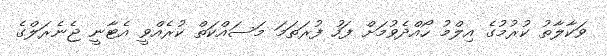
ވަކާލާތު ކުރުމުގެ އިލްމު ހޯއްދެވުމަށް ފަހު ފުރަތަމަ މަސައްކަތް ކުރެއްވީ އެޓާނީ ޖެނެރަލްގެ